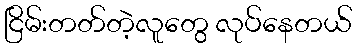
ငြိမ်းတတ်တဲ့လူတွေ လုပ်နေတယ်